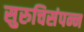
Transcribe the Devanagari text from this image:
सुरुचिसंपन्न